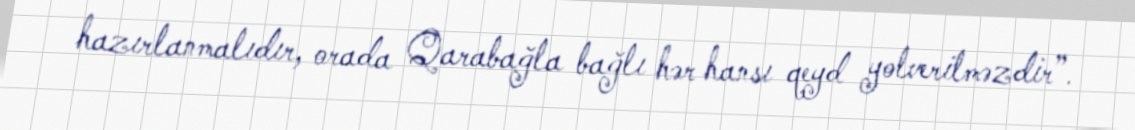
hazırlanmalıdır, orada Qarabağla bağlı hər hansı qeyd yolverilməzdir”.